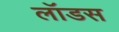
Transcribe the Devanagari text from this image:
लॉडस